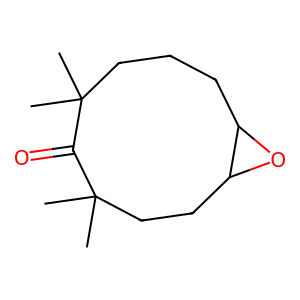
SMILES: CC1(C)CCCC2OC2CCC(C)(C)C1=O
Inhibits HIV replication: No